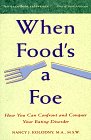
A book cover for When Food's a Foe: How You Can Confront and Conquer Your Eating Disorder; Nancy J. Kolodny; Health, Fitness & Dieting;